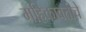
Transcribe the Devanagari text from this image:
महिकावतीचे